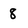
Character: 8